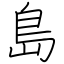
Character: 島